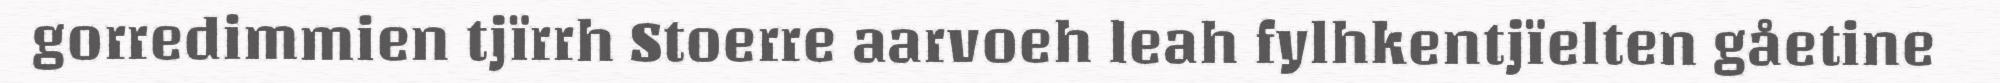
gorredimmien tjïrrh Stoerre aarvoeh leah fylhkentjïelten gåetine